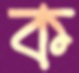
ক